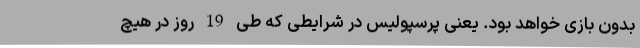
بدون بازی خواهد بود. یعنی پرسپولیس در شرایطی که طی 19 روز در هیچ